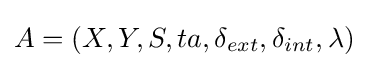
A=(X,Y,S,ta,\delta _{ext},\delta _{int},\lambda )